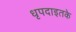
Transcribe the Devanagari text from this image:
धृपदाइतके